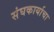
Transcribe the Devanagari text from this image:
संघकार्याचा